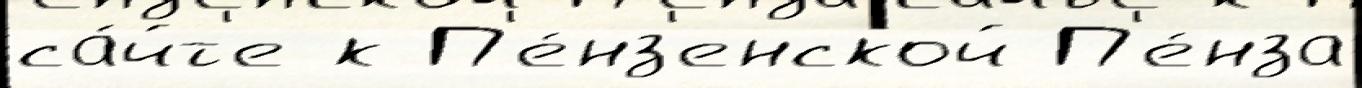
са́йт'е к П'е́нз'енской П'е́нза